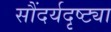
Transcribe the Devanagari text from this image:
सौंदर्यदृष्ट्या